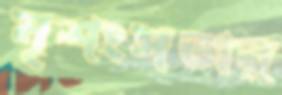
নৃশংসতার